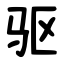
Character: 驱